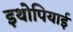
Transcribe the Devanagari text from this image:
इथोपियाई